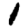
Digit: 1